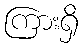
ကြားရှိ